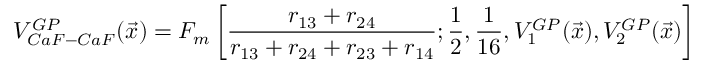
V _ { C a F - C a F } ^ { G P } ( \vec { x } ) = F _ { m } \left[ \frac { r _ { 1 3 } + r _ { 2 4 } } { r _ { 1 3 } + r _ { 2 4 } + r _ { 2 3 } + r _ { 1 4 } } ; \frac { 1 } { 2 } , \frac { 1 } { 1 6 } , V _ { 1 } ^ { G P } ( \vec { x } ) , V _ { 2 } ^ { G P } ( \vec { x } ) \right]